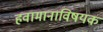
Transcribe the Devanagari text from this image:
हवामानाविषयक